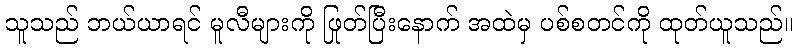
သူသည် ဘယ်ယာရင် မူလီများကို ဖြုတ်ပြီးနောက် အထဲမှ ပစ်စတင်ကို ထုတ်ယူသည်။